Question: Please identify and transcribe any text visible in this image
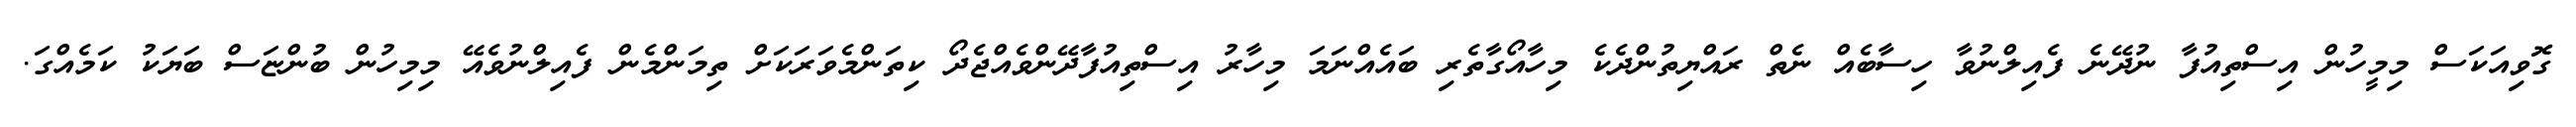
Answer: ގޮވިއަކަސް މިމީހުން އިސްތިއުފާ ނުދޭނެ ފެއިލްނުވާ ހިސާބެއް ނެތް ރައްޔިތުންދެކެ މިހާއޯގާތެރި ބައެއްނަމަ މިހާރު އިސްތިއުފާދޭންވެއްޖެދޯ ކިތަންމެވަރަކަށް ތިމަންމެން ފެއިލްނުވެއޭ މިމިހުން ބުންޏަސް ބަޔަކު ކަމެއްގަ.